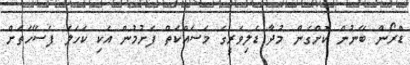
ޑްރޯން ބޭނުން ކޮށްގެން މުދާ ޑެލިވަރީގެ މަސައްކަތް ފެށުމުން އެކި ކަހަލަ ފަސޭހަތަށް